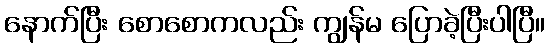
နောက်ပြီး စောစောကလည်း ကျွန်မ ပြောခဲ့ပြီးပါပြီ။